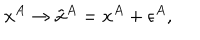
LaTeX: x ^ { A } \rightarrow \tilde { x } ^ { A } = x ^ { A } + \epsilon ^ { A } ,